65_HS1-834228961_62-HQ-83894_Section_10
Agency: FBI
Page 74
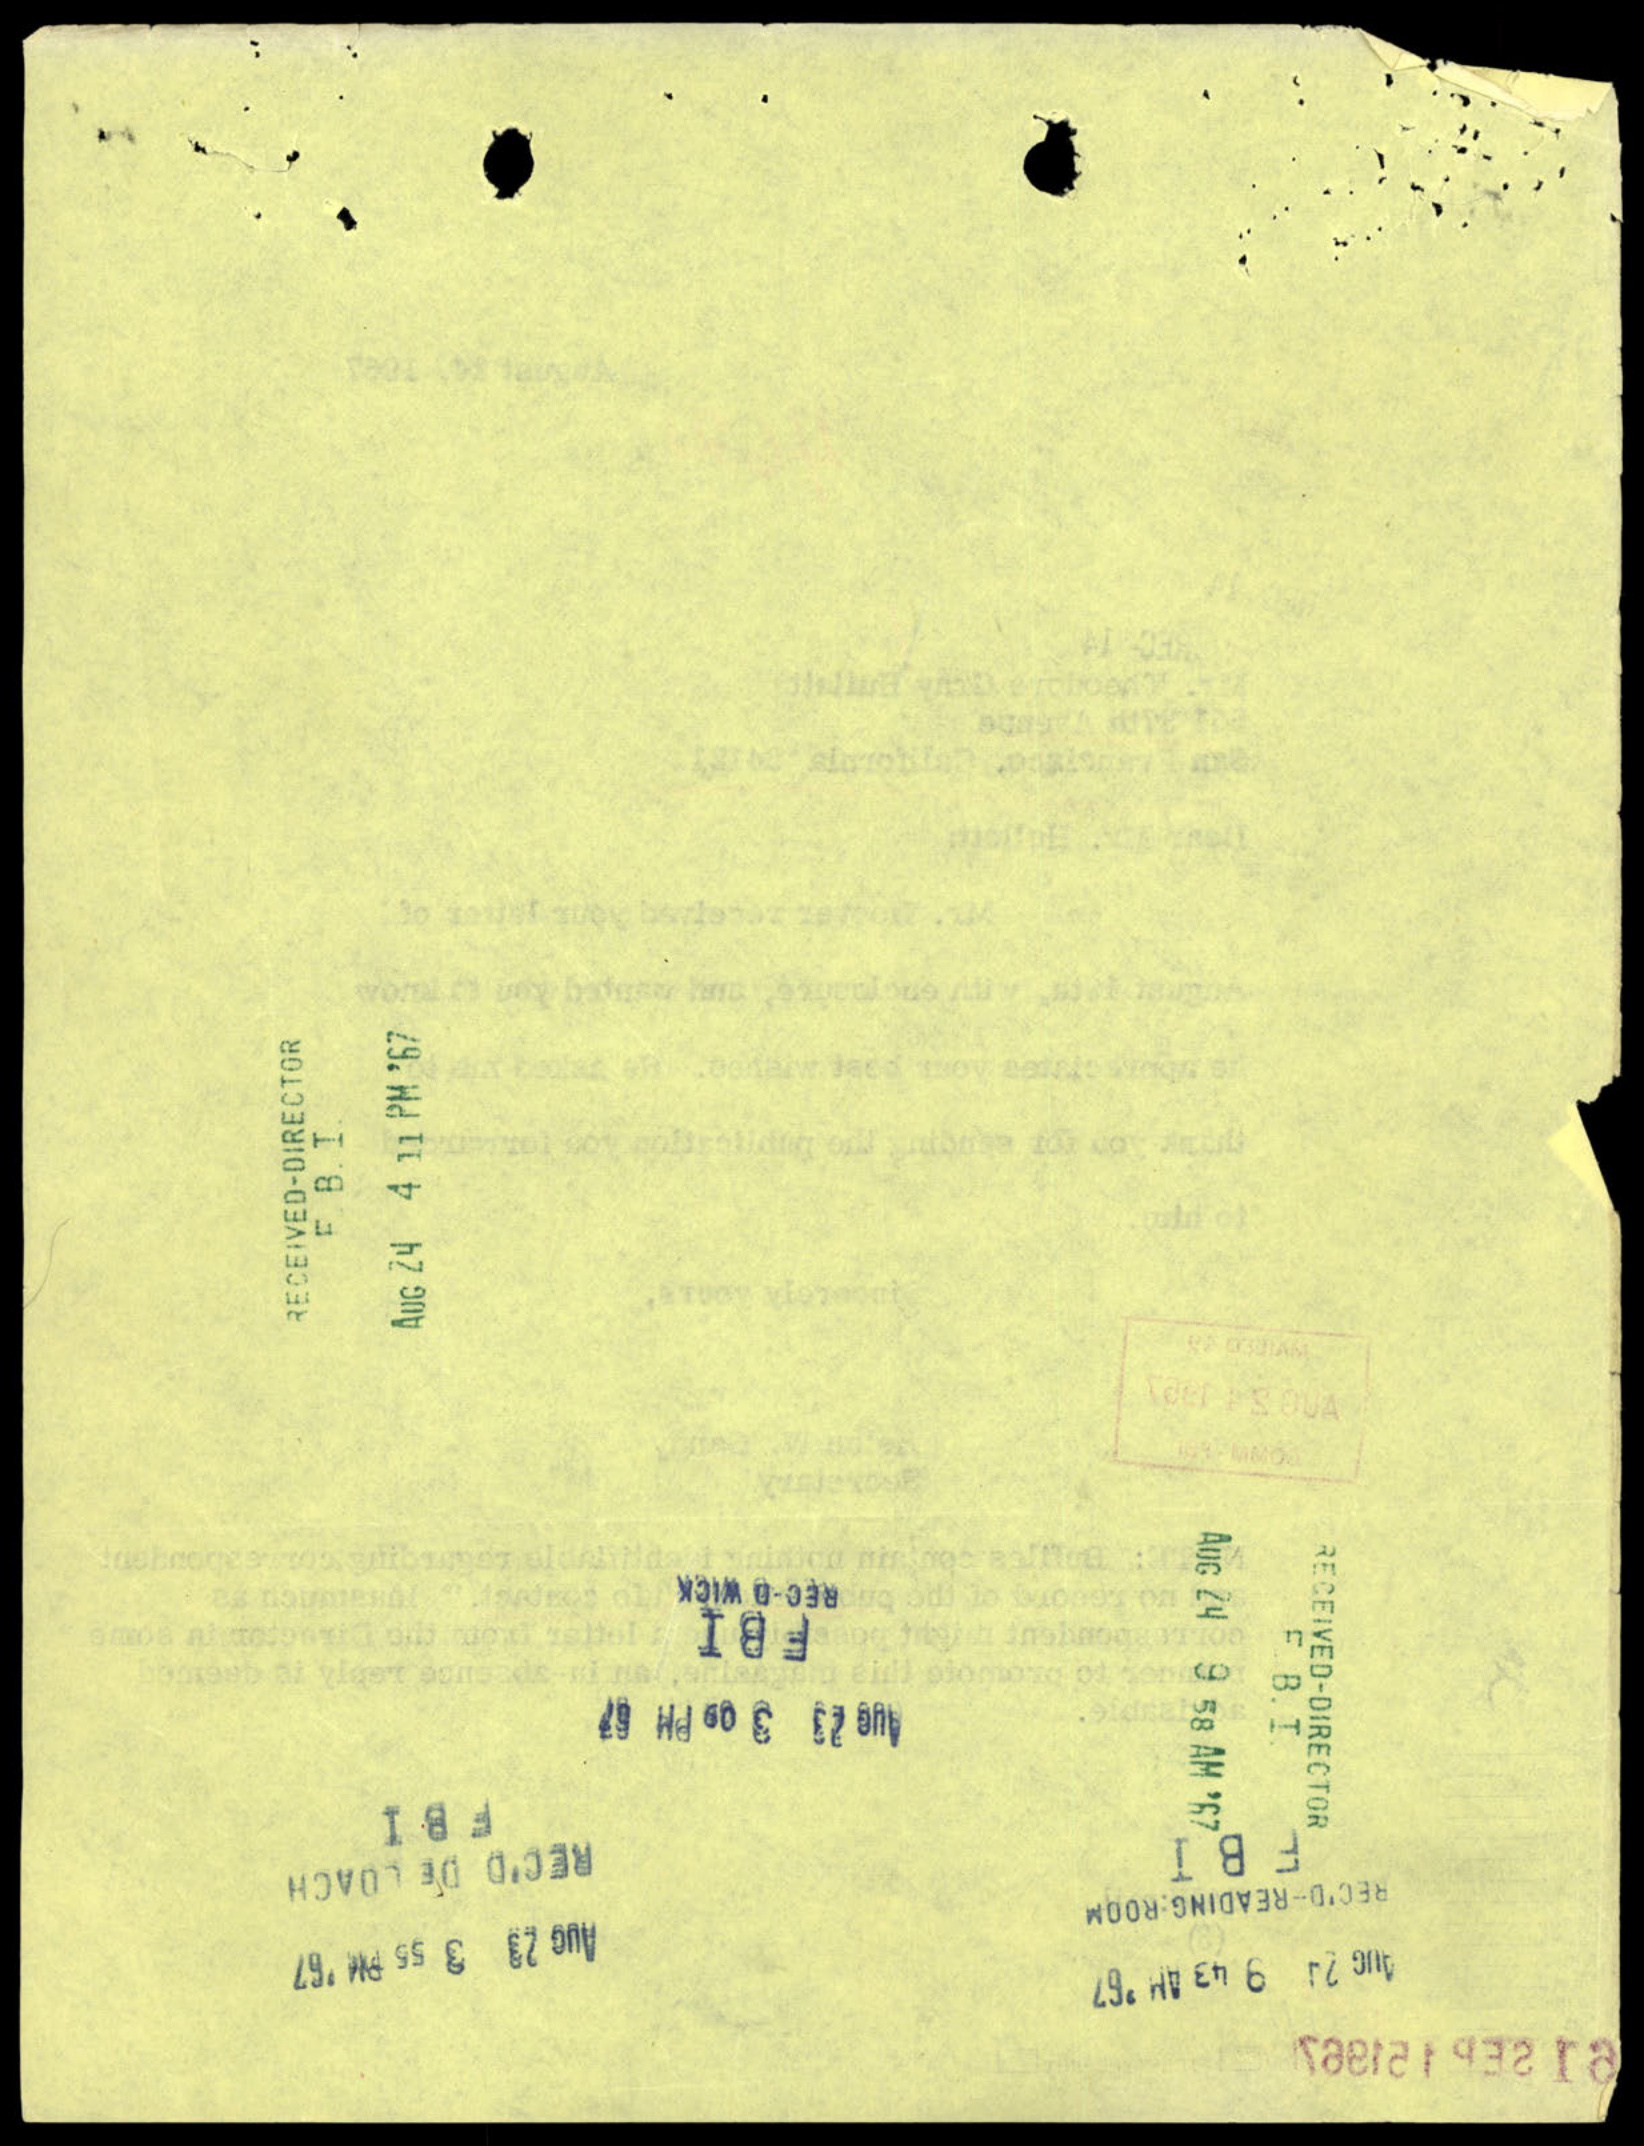